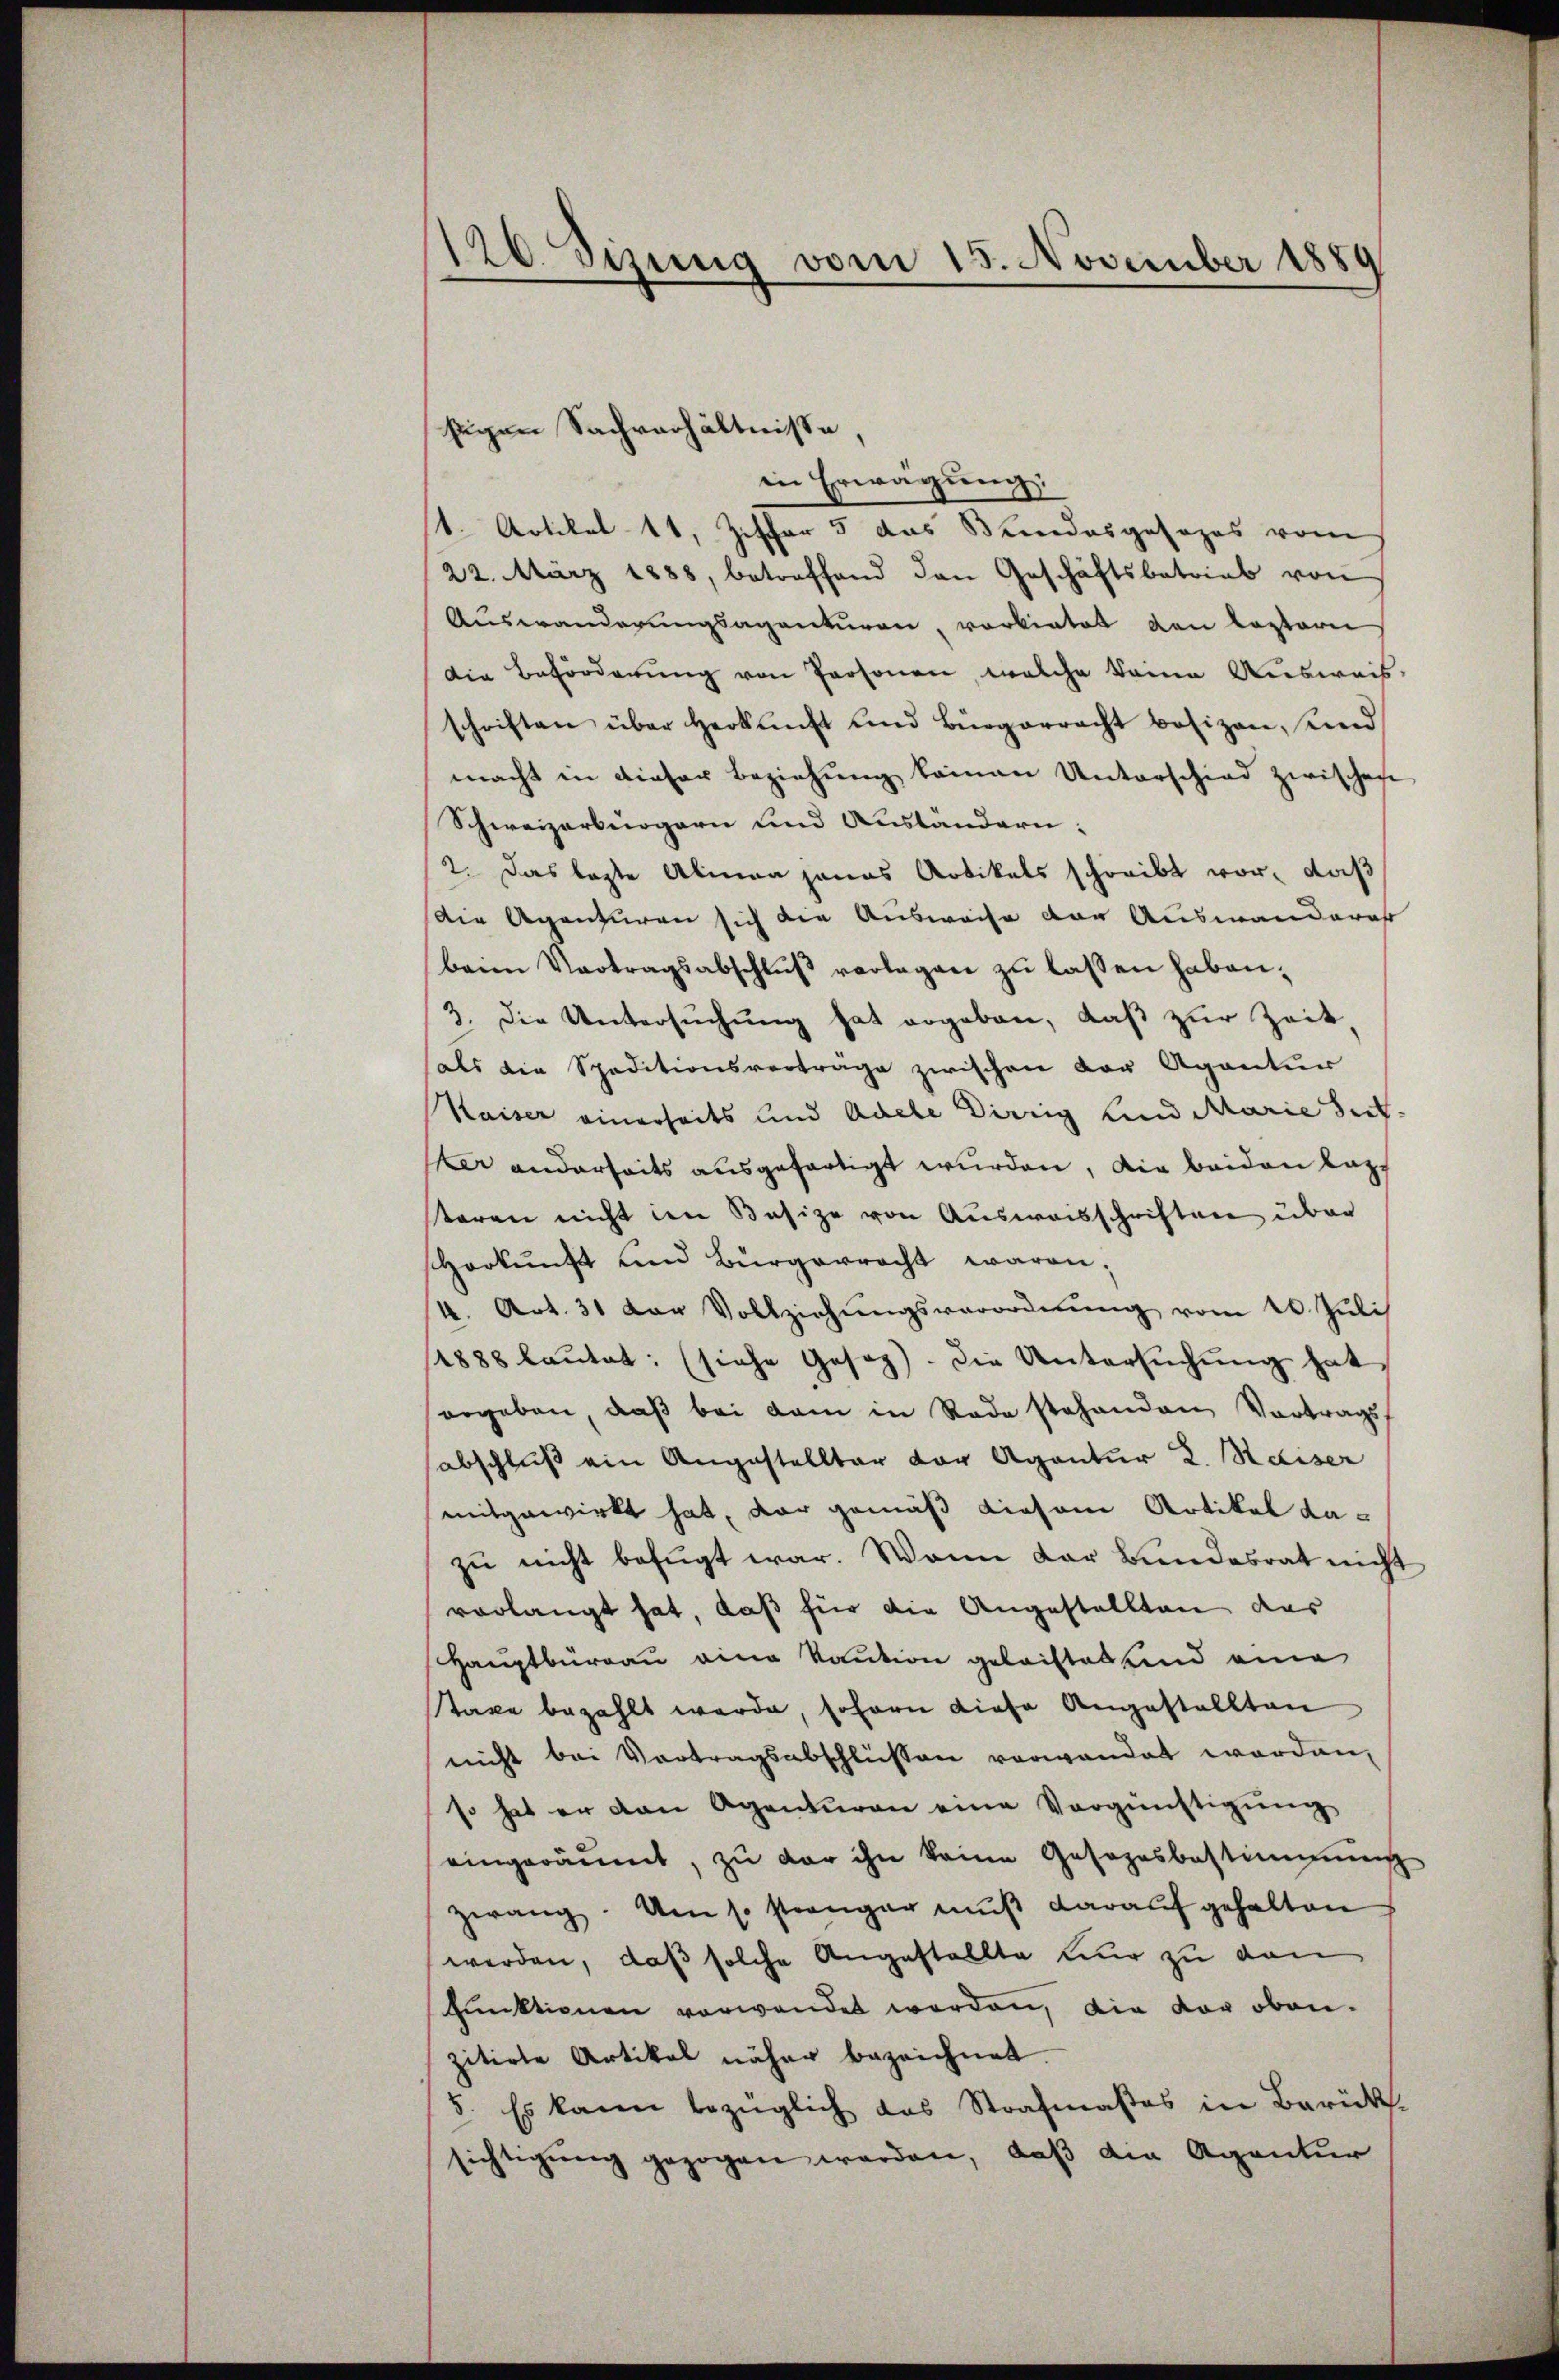
126. Sizung vom 15. November 1880

sigen Sachverhältnisse,

in Erwägung.
st. Artikel 11, Ziffer 5 das Bundesgesezes vom
22. März 1888, betreffend den Geschäftsbetrieb von
Auswanderungsagenturen, vorbietet den leztern
die Beförderung von Personen, welche keine Ausweis-
schriften über Herkunft und Bürgerracht besizen, und
macht in dieser Beziehung keinen Unterschied zwischen
Schweizerbürgern und Auständern:
2. Das legte Alman jenas Artikels schreibt vor, daß
Die Agenturen sich die Ausweise der Auswanderat
beim Vertragsabschlŭβ verlegen zŭ lassen haben;
3. Die Untersuchung hat ergeben, daß zur Zeit,
hals die Speditionsverträge zwischen der Agantur
Kaiser einerseits und Adele Dirrig und Marie Sit-
ker anderseits ausgefertigt wurden, die beiden Laz
teren nicht im Besize von Ausweisschriften über
Horkŭnft und Bürgerrecht waren;
4. Art. 31 der Vollziehŭngsverordnŭng vom 20. Juli
14888 laŭtet: (siehe Gesetz). Die Untersŭchŭng hat,
ergeben, daβ bei dem in Rede stehenden Vortrags
sabschluß ein Angestellter der Agantur 2. Kaiser
mitgewirkt hat, dar gemäß diesem Artikel dazŭ nicht befugt war. Wann der Bundesrat nicht
vorlangt hat, daß für die Angestellten das
Hauptbürgau eine Kaution geleistes und eine
Taxe bezahlt werde, sofern diese Angestellten
nicht bei Vortragsabschlüssen verwendet worden,
so hat er von Agenturen eine Vergünstigung
eingeräumt, zu der ihn keine Gesezesbestimmung
zwang. Um so strenger muß darauf gehalten
werden, daß solche Angestellte nur zu den
funktionen verwendet werden, die vor obenzitirte Artikel näher bezeichnet.
5. Es kann bezüglich das Strafmaßes in Berück.
sichtigung gezogen werden, daß die Agentur